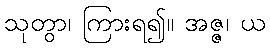
သုတွာ၊ ကြားရ၍။ အဇ္ဇ၊ ယ